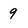
Character: 9